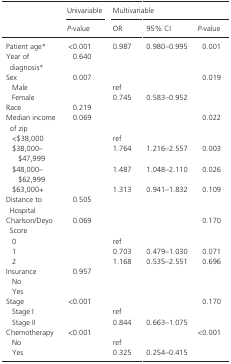
| <ROWSPAN=2>  | Univariable | <COLSPAN=3> Multivariable |
 | P‐value | OR | 95% CI | P‐value |
 | --- | --- | --- | --- | --- |
 | Patient agea | <0.001 | 0.987 | 0.980–0.995 | 0.001 |
 | Year of diagnosisa | 0.640 |  |  |  |
 | Sex | 0.007 |  |  | 0.019 |
 | Male |  | ref |  |  |
 | Female |  | 0.745 | 0.583–0.952 |  |
 | Race | 0.219 |  |  |  |
 | Median income of zip | 0.069 |  |  | 0.022 |
 | <$38,000 |  | ref |  |  |
 | $38,000–$47,999 |  | 1.764 | 1.216–2.557 | 0.003 |
 | $48,000–$62,999 |  | 1.487 | 1.048–2.110 | 0.026 |
 | $63,000+ |  | 1.313 | 0.941–1.832 | 0.109 |
 | Distance to Hospital | 0.505 |  |  |  |
 | Charlson/Deyo Score | 0.069 |  |  | 0.170 |
 | 0 |  | ref |  |  |
 | 1 |  | 0.703 | 0.479–1.030 | 0.071 |
 | 2 |  | 1.168 | 0.535–2.551 | 0.696 |
 | Insurance | 0.957 |  |  |  |
 | No |  |  |  |  |
 | Yes |  |  |  |  |
 | Stage | <0.001 |  |  | 0.170 |
 | Stage I |  | ref |  |  |
 | Stage II |  | 0.844 | 0.663–1.075 |  |
 | Chemotherapy | <0.001 |  |  | <0.001 |
 | No |  | ref |  |  |
 | Yes |  | 0.325 | 0.254–0.415 |  |